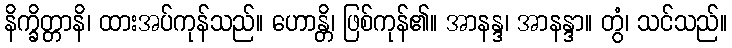
နိက္ခိတ္တာနိ၊ ထားအပ်ကုန်သည်။ ဟောန္တိ၊ ဖြစ်ကုန်၏။ အာနန္ဒ၊ အာနန္ဒာ။ တွံ၊ သင်သည်။